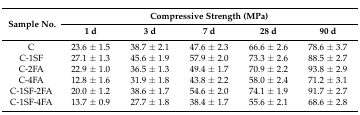
| <ROWSPAN=2> Sample No. | <COLSPAN=5> Compressive Strength (MPa) |
 | 1 d | 3 d | 7 d | 28 d | 90 d |
 | --- | --- | --- | --- | --- | --- |
 | C | 23.6 ± 1.5 | 38.7 ± 2.1 | 47.6 ± 2.3 | 66.6 ± 2.6 | 78.6 ± 3.7 |
 | C-1SF | 27.1 ± 1.3 | 45.6 ± 1.9 | 57.9 ± 2.0 | 73.3 ± 2.6 | 88.5 ± 2.7 |
 | C-2FA | 22.9 ± 1.0 | 36.5 ± 1.3 | 49.4 ± 1.7 | 70.9 ± 2.2 | 93.8 ± 2.9 |
 | C-4FA | 12.8 ± 1.6 | 31.9 ± 1.8 | 43.8 ± 2.2 | 58.0 ± 2.4 | 71.2 ± 3.1 |
 | C-1SF-2FA | 20.0 ± 1.2 | 38.6 ± 1.7 | 54.6 ± 2.0 | 74.1 ± 1.9 | 91.7 ± 2.7 |
 | C-1SF-4FA | 13.7 ± 0.9 | 27.7 ± 1.8 | 38.4 ± 1.7 | 55.6 ± 2.1 | 68.6 ± 2.8 |